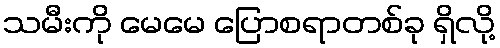
သမီးကို မေမေ ပြောစရာတစ်ခု ရှိလို့